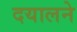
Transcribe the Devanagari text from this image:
दयालने